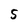
Character: 5